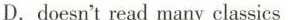
D. doesn't read many classics